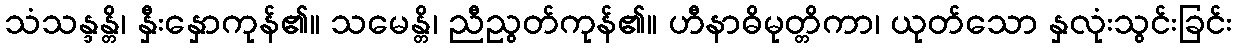
သံသန္ဒန္တိ၊ နှီးနှောကုန်၏။ သမေန္တိ၊ ညီညွတ်ကုန်၏။ ဟီနာဓိမုတ္တိကာ၊ ယုတ်သော နှလုံးသွင်းခြင်း